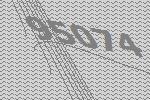
95074